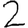
Digit: 2